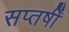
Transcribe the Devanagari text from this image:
सप्तर्षीं